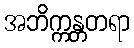
အဘိက္ကန္တတရာ